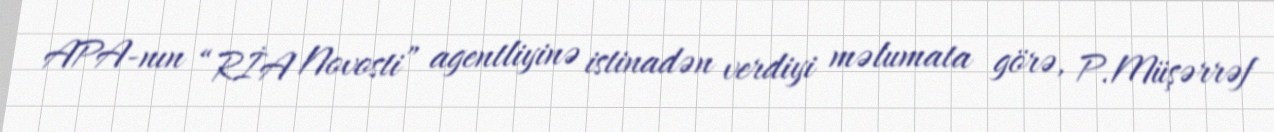
APA-nın “RİA Novosti” agentliyinə istinadən verdiyi məlumata görə, P.Müşərrəf